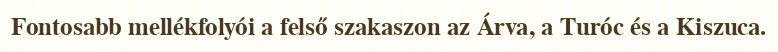
Fontosabb mellékfolyói a felső szakaszon az Árva, a Turóc és a Kiszuca.